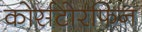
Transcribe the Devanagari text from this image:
कोर्सटोरफिन